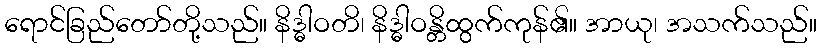
ရောင်ခြည်တော်တို့သည်။ နိဒ္ဓါဝတိ၊ နိဒ္ဓါဝန္တိထွက်ကုန်၏။ အာယု၊ အသက်သည်။